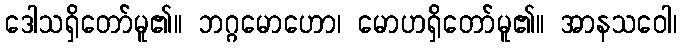
ဒေါသရှိတော်မူ၏။ ဘဂ္ဂမောဟော၊ မောဟရှိတော်မူ၏။ အာနသဝေါ၊